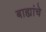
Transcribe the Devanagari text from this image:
बाह्यांचे